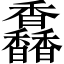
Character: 馫